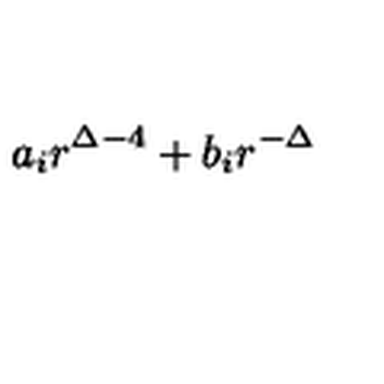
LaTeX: a _ { i } r ^ { \Delta - 4 } + b _ { i } r ^ { - \Delta }